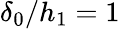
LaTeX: \delta_{0}/h_{1}=1